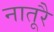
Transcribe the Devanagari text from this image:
नातूरै